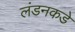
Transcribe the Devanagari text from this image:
लंडनकडे